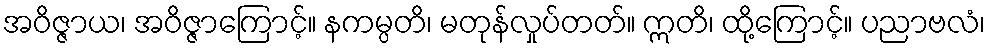
အဝိဇ္ဇာယ၊ အဝိဇ္ဇာကြောင့်။ နကမ္ပတိ၊ မတုန်လှုပ်တတ်။ ဣတိ၊ ထို့ကြောင့်။ ပညာဗလံ၊